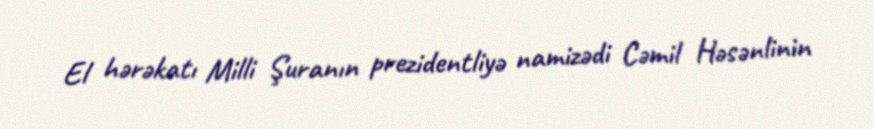
El hərəkatı Milli Şuranın prezidentliyə namizədi Cəmil Həsənlinin